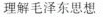
理解毛泽东思想